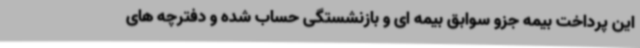
این پرداخت بیمه جزو سوابق بیمه ای و بازنشستگی حساب شده و دفترچه های